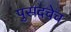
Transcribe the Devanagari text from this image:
पुसदचेच